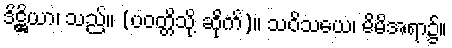
ဒိဋ္ဌိယာ၊ သည်။ (ပဝတ္တိသို့ ဆိုက်)။ သဝိသယေ၊ မိမိအရာ၌။